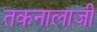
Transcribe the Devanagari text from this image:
तकनालाजी